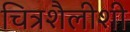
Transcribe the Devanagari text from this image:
चित्रशैलीशी